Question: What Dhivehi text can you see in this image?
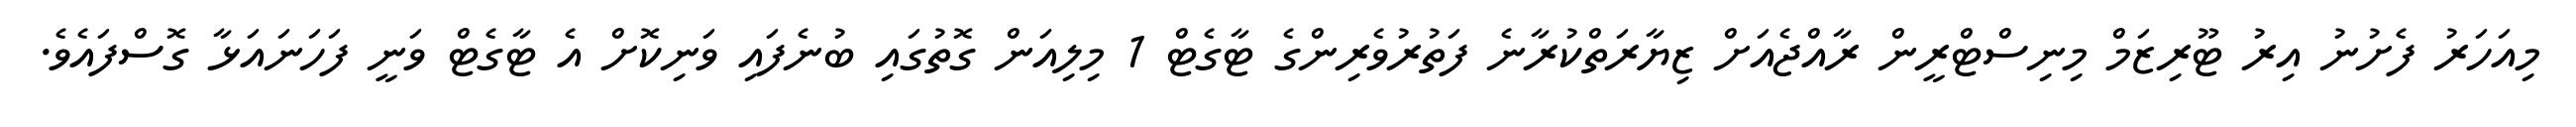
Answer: މިއަހަރު ފެށުނު އިރު ޓޫރިޒަމް މިނިސްޓްރީން ރާއްޖެއަށް ޒިޔާރަތްކުރާނެ ފަތުރުވެރިންގެ ޓާގެޓް 1 މިލިއަން ގޮތުގައި ބުނެފައި ވަނިކޮށް އެ ޓާގެޓް ވަނީ ފަހަނައަޅާ ގޮސްފައެވެ.